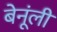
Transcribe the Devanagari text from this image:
बेनूंली